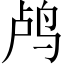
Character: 鸬